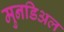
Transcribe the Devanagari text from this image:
मुनडिअल